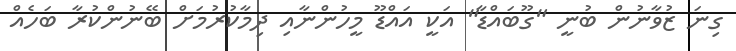
ގިނަ ޒުވާނުން ބުނީ "ގޫބައްޑާ" އަކީ އައްޑޫ މީހުންނާއި ދިމާކުރުމަށް ބޭނުންކުރާ ބަހެއް